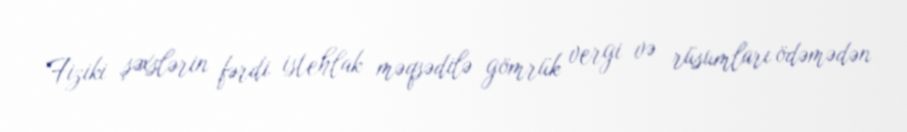
Fiziki şəxslərin fərdi istehlak məqsədilə gömrük vergi və rüsumları ödəmədən